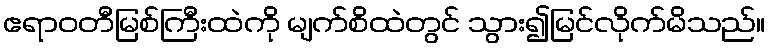
ဧရာဝတီမြစ်ကြီးထဲကို မျက်စိထဲတွင် သွား၍မြင်လိုက်မိသည်။